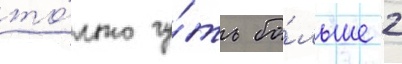
то́лько чу́ть бо́льше 2